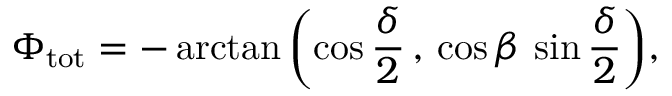
\Phi _ { \mathrm { t o t } } = - \arctan { \left( \cos { \frac { \delta } { 2 } } \, , \, \cos { \beta } \, \sin { \frac { \delta } { 2 } } \right) } ,